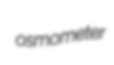
osmometer